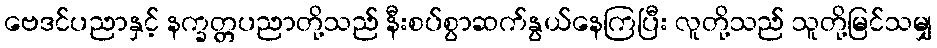
ဗေဒင်ပညာနှင့် နက္ခတ္တပညာတို့သည် နီးစပ်စွာဆက်နွယ်နေကြပြီး လူတို့သည် သူတို့မြင်သမျှ